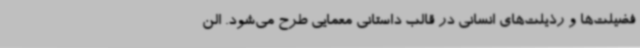
فضیلت‌ها و رذیلت‌های انسانی در قالب داستانی معمایی طرح می‌شود. الن